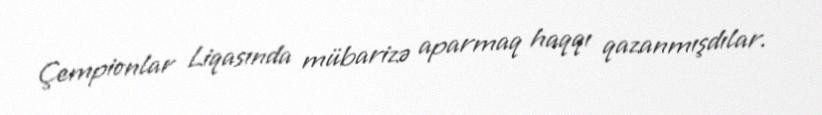
Çempionlar Liqasında mübarizə aparmaq haqqı qazanmışdılar.